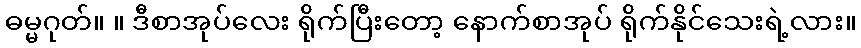
ဓမ္မဂုတ်။ ။ ဒီစာအုပ်လေး ရိုက်ပြီးတော့ နောက်စာအုပ် ရိုက်နိုင်သေးရဲ့လား။